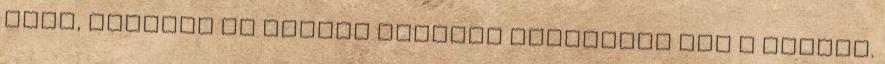
régi, viszont az udvari büfénél iszonyúan sok a darázs.